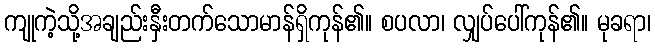
ကျုကဲ့သို့အချည်းနှီးတက်သောမာန်ရှိကုန်၏။ စပလာ၊ လျှပ်ပေါ်ကုန်၏။ မုခရာ၊